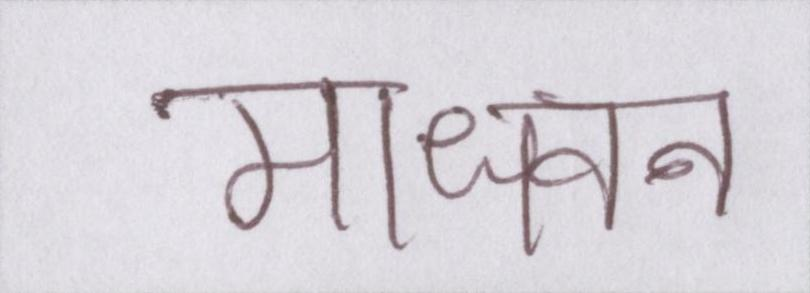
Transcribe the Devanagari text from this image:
माधवन